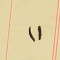
١١